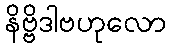
နိဗ္ဗိဒါဗဟုလော